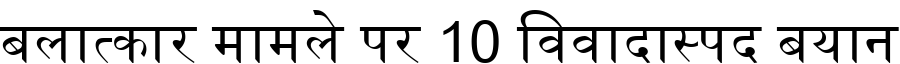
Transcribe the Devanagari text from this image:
बलात्कार मामले पर 10 विवादास्पद बयान